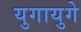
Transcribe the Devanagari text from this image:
युगायुगे